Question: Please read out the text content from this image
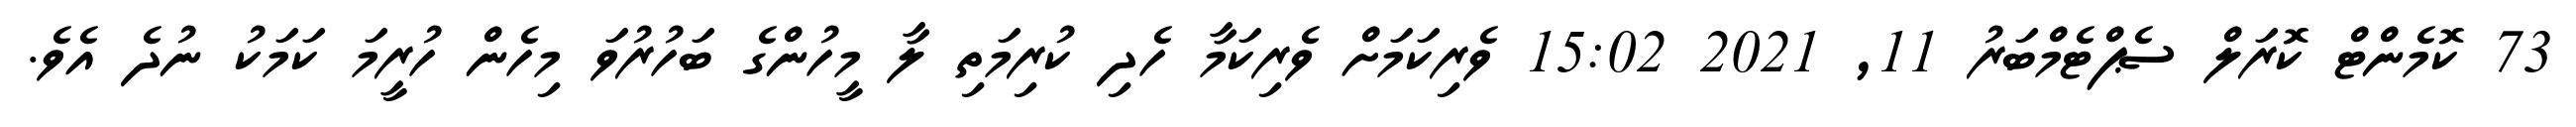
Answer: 73 ކޮމެންޓް ކޮރަލް ސެޕްޓެމްބަރު 11, 2021 15:02 ވެރިކަމަށް ވެރިކަމާ ހެދި ކުރިމަތި ލާ މީހުންގެ ބަހުރުވަ މިހެން ހުރީމަ ކަމަކު ނުދެ އެވެ.